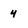
Character: 4